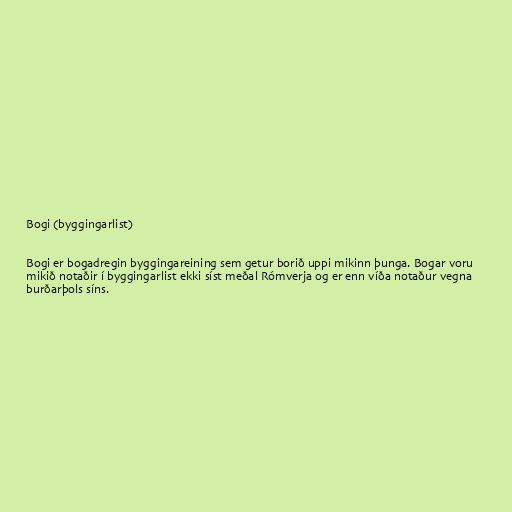
Bogi (byggingarlist)

Bogi er bogadregin byggingareining sem getur borið uppi mikinn þunga. Bogar voru
mikið notaðir í byggingarlist ekki síst meðal Rómverja og er enn víða notaður vegna
burðarþols síns.